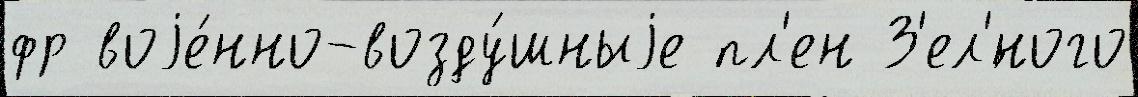
фр воjе́нно-возду́шныjе пл'ен З'ел'́ного